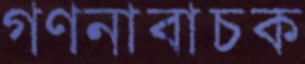
গণনাবাচক